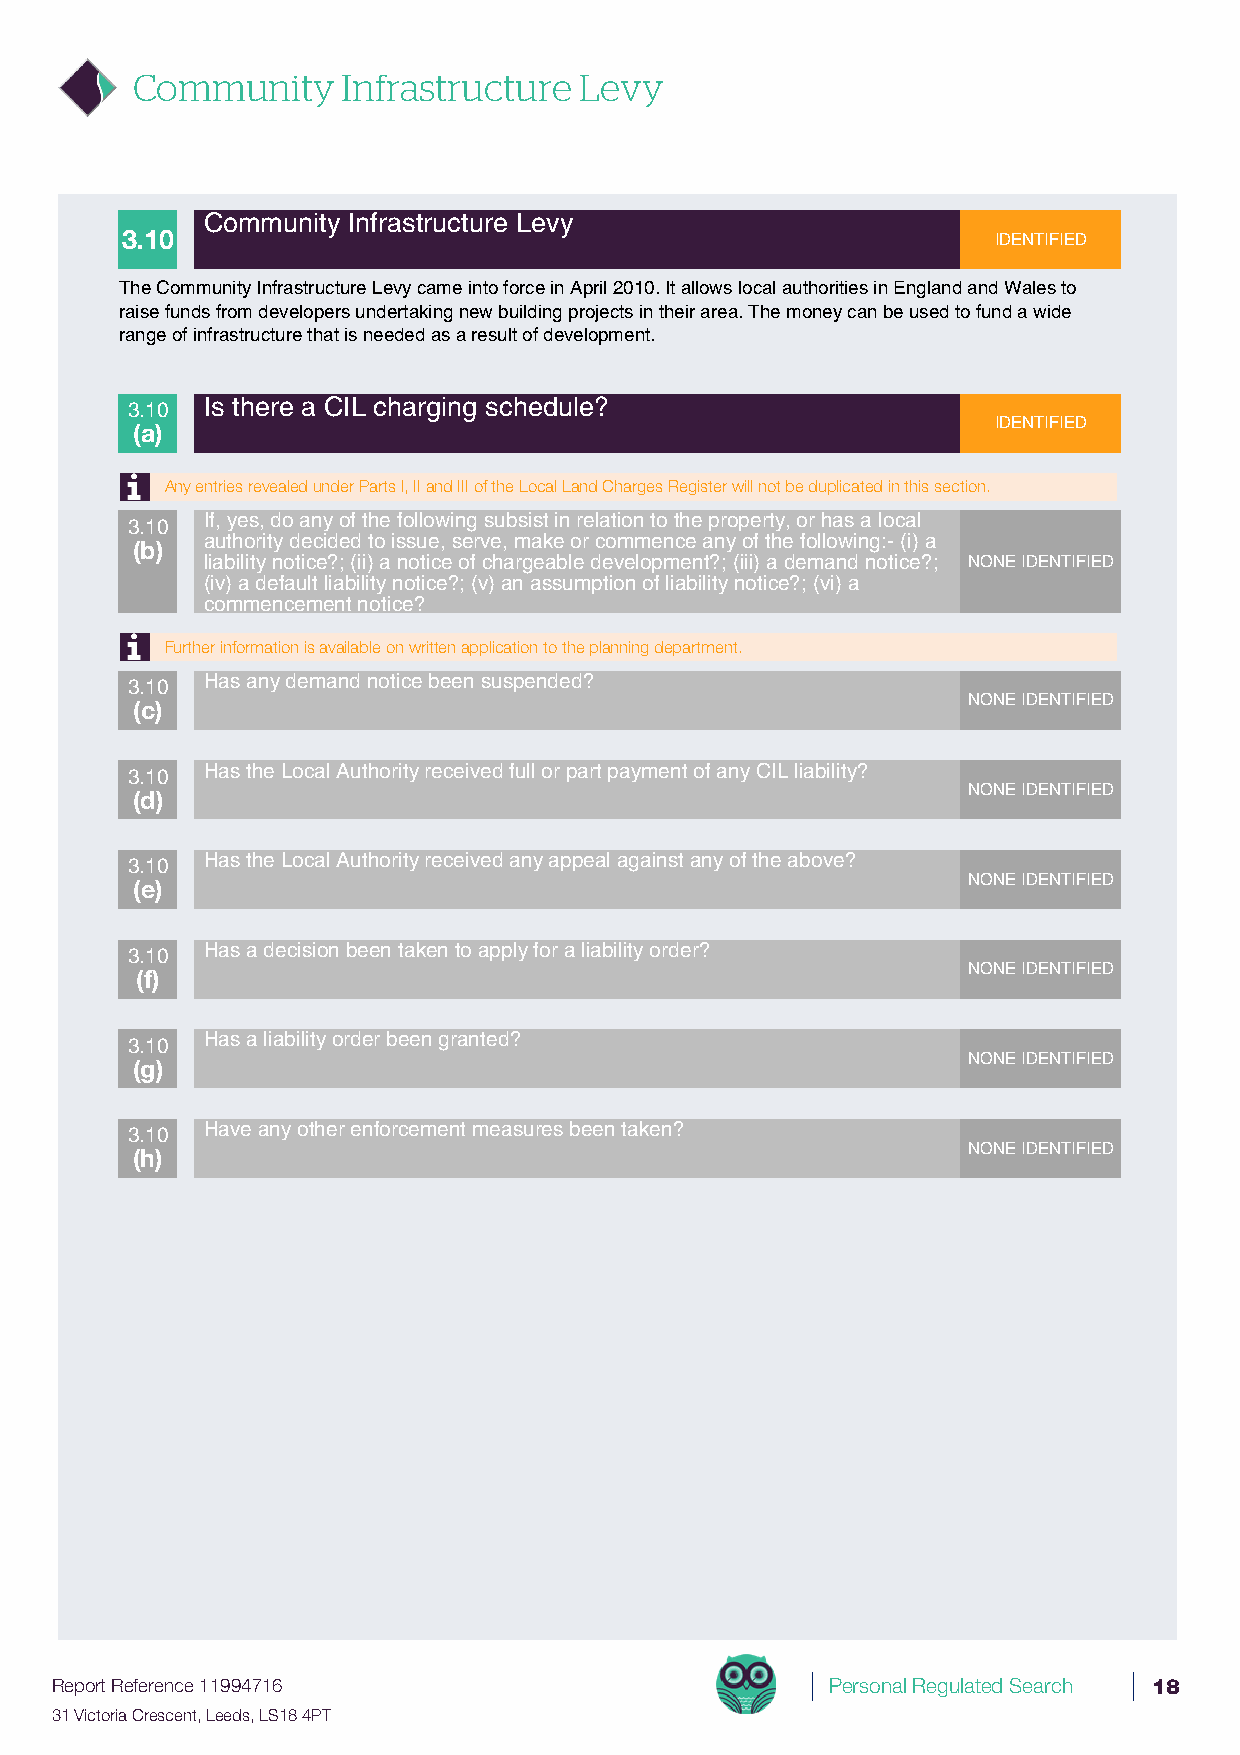
Community     Infrastructure Levy
 Community Infrastructure Levy
 3.10                                                      IDENTIFIED
 The Community Infrastructure Levy came into force in April 2010. It allows local authorities in England and Wales to
 raise funds from developers undertaking new building projects in their area. The money can be used to fund a wide
 range of infrastructure that is needed as a result of development.
 3.10  Is there a CIL charging schedule?
 IDENTIFIED
 (a)
 Any entries revealed under Parts I, II and III of the Local Land Charges Register will not be duplicated in this section.
 3.10  If, yes, do any of the following subsist in relation to the property, or has a local
 authority decided to issue, serve, make or commence any of the following:- (i) a
 (b)
 liability notice?; (ii) a notice of chargeable development?; (iii) a demand notice?; NONE IDENTIFIED
 (iv) a default liability notice?; (v) an assumption of liability notice?; (vi) a
 commencement notice?
 Further information is available on written application to the planning department.
 3.10  Has any demand notice been suspended?
 NONE IDENTIFIED
 (c)
 3.10  Has the Local Authority received full or part payment of any CIL liability?
 NONE IDENTIFIED
 (d)
 3.10  Has the Local Authority received any appeal against any of the above?
 NONE IDENTIFIED
 (e)
 3.10  Has a decision been taken to apply for a liability order?
 NONE IDENTIFIED
 (f)
 3.10  Has a liability order been granted?
 NONE IDENTIFIED
 (g)
 3.10  Have any other enforcement measures been taken?
 NONE IDENTIFIED
 (h)
 Report Reference 11994716                           Personal Regulated Search 18
 31 Victoria Crescent, Leeds, LS18 4PT